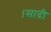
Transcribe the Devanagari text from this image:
।सादी